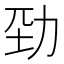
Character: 𠡕